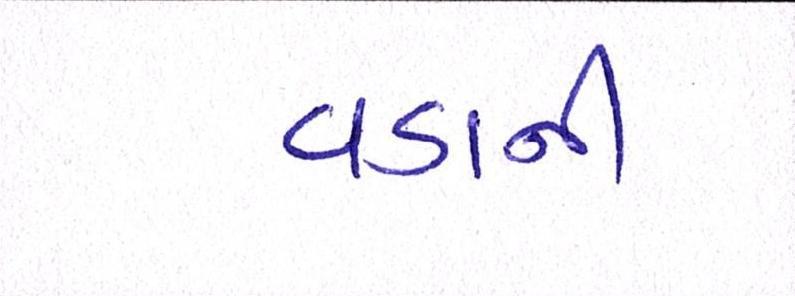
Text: વડાની